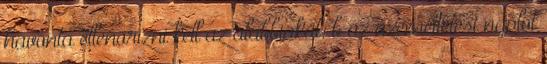
havonta ellenõrizni kell az alábbiakat: b az üzemeltetési naplót